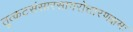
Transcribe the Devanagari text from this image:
तूत्कटसंसारसागरोत्तारणक्षमः